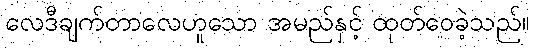
လေဒီချက်တာလေဟူသော အမည်နှင့် ထုတ်ဝေခဲ့သည်။